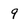
Character: 9